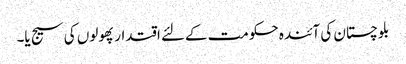
بلوچستان کی آئندہ حکومت کےلئے اقتدار پھولوں کی سیج یا۔